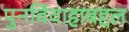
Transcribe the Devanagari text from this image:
पुनर्विवाहाबद्दल